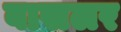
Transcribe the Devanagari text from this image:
बासलर